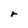
Character: r